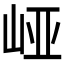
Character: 𱛝